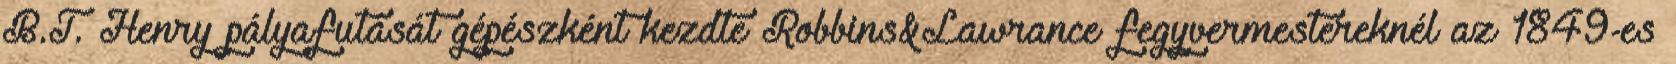
B.T. Henry pályafutását gépészként kezdte Robbins&Lawrance fegyvermestereknél az 1849-es